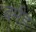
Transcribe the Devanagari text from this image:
बर्मह